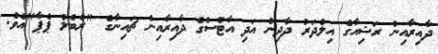
ދާއިރާއިން ރަޝިއާގެ އިލްދަރު ދާދިން އަދި އާޓްސްގެ ދާއިރާއިން ޗައިނާގެ "ރެބެލް ޕެޕާ"އެވެ.